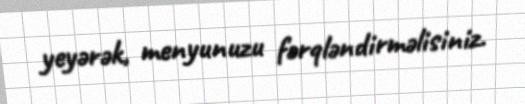
yeyərək, menyunuzu fərqləndirməlisiniz.